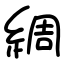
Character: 綢